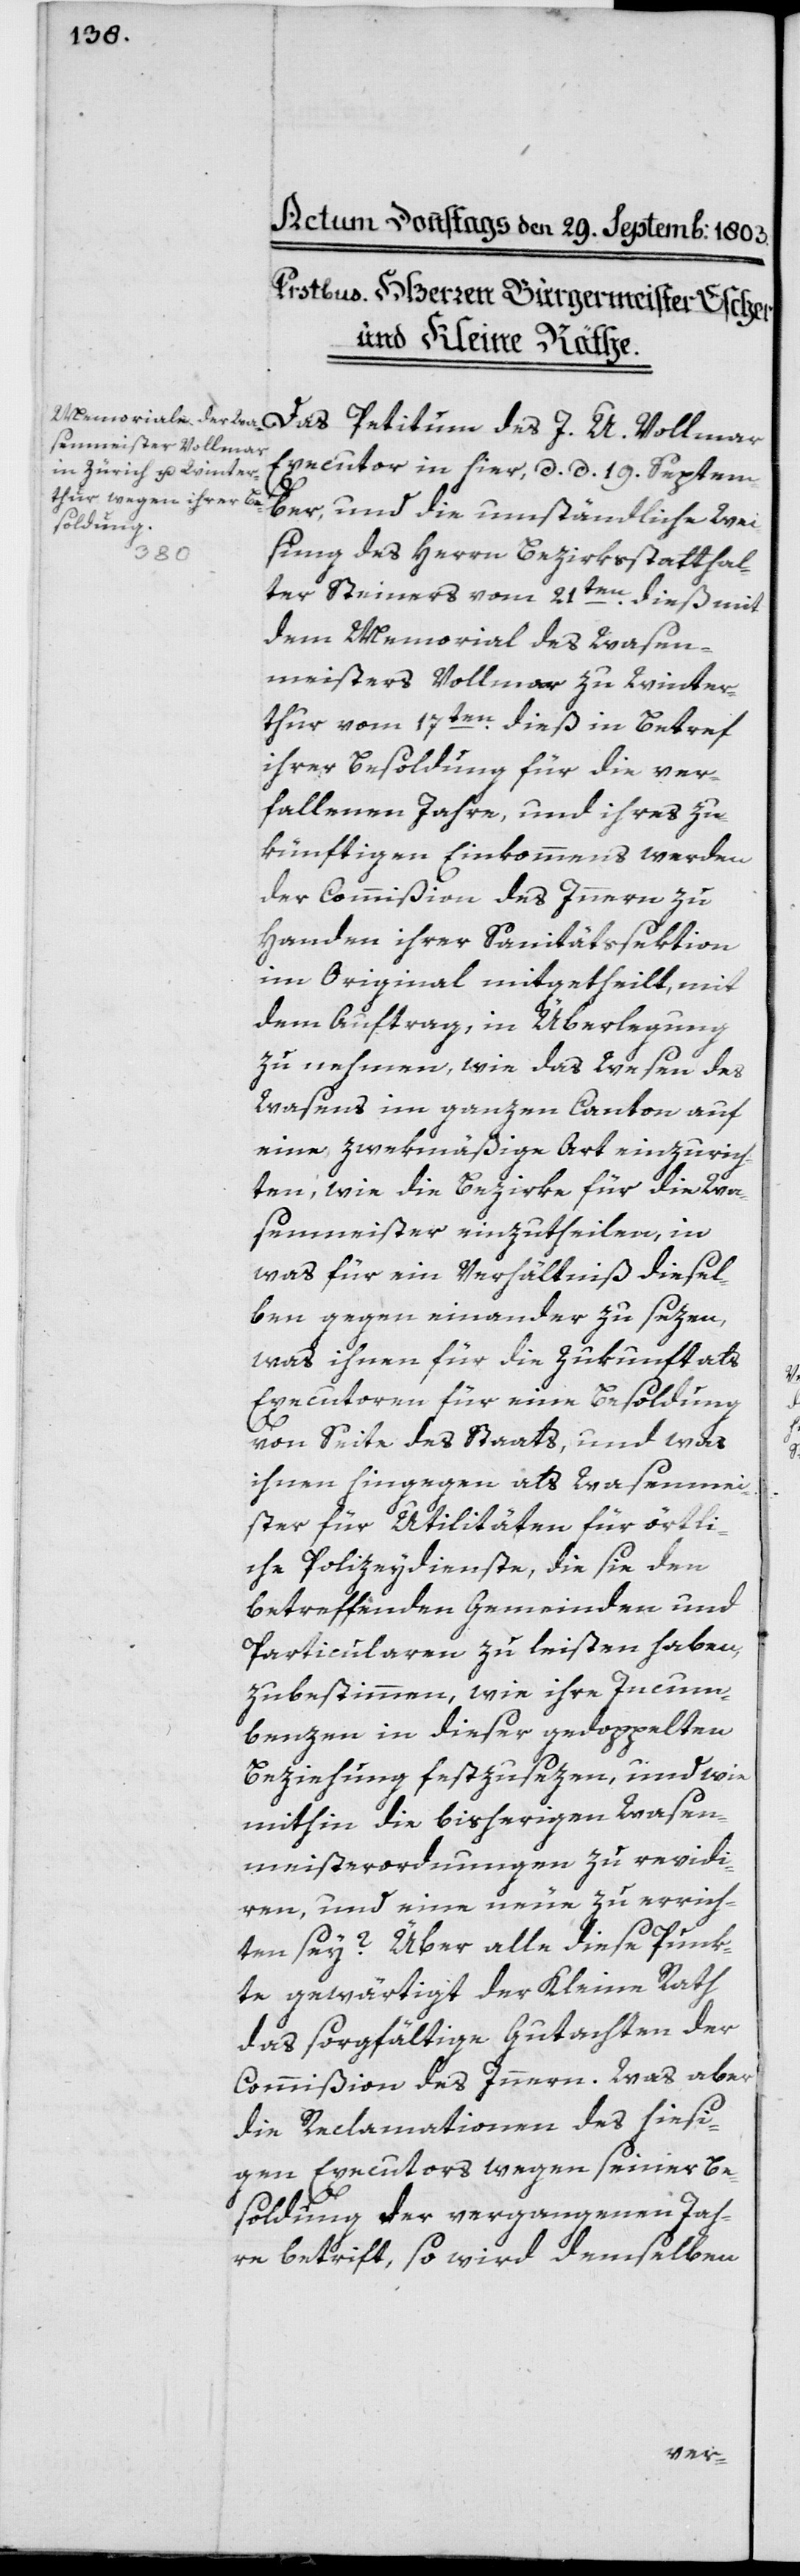
Das Petitum des J. U. Vollmar
Executor in hier, d. d. 19 Septem¬
ber, und die umständliche Wei¬
sung des Herrn Erziehungsstatthal¬
ter Steiners vom 21ten dieß mit
dem Memorial des Wasen¬
meisters Vollmer zu Winter¬
thur vom 17ten dieß in Betref
ihrer Besoldung für die ver¬
fallenen Jahre, und ihres zu¬
künftigen Einkommens werden
der Commißion des Innern zu
Handen ihrer Sanitätssektion
im Original mitgetheilt, mit
dem Auftrag, in Überlegung
zu nehmen, wie das Wesen des
Wasens im ganzen Canton auf
eine zwekmäßige Art einzurich¬
ten, wie die Bezirke für die Wa¬
senmeister einzutheilen, in
was für ein Verhältniß diesel¬
ben gegen einander zu sezen,
was ihnen für die Zukunft als
Executoren für eine Besoldung
von Seite des Staats, und was
ihnen hingegen als Wasenme¬
ister für Utilitäten für örtli¬
che Polizeydienste, die sie den
betreffenden Gemeinden und
Particularen zu leisten haben,
zu bestimmen, wie ihre Incum¬
benzen in dieser gedoppelten
Beziehung festzusezen und wie
mithin die bisherigen Wasen¬
meisterordnung zu revidi¬
ren, und eine neue zu errich¬
ten sey? Über alle diese Punk¬
te gewärtigt der Kleine Rath
das sorgfältige Gutachten der
Commißion des Innern. Was aber
die Reclamationen des hiesi¬
gen Executors wegen seiner Be¬
soldung der vergangenen Jah¬
re betrift, so wird demselben